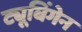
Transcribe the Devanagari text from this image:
ट्यूबिंगेन